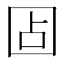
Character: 𰉏